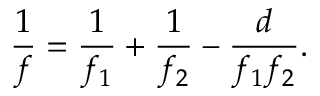
{ \frac { 1 } { f } } = { \frac { 1 } { f _ { 1 } } } + { \frac { 1 } { f _ { 2 } } } - { \frac { d } { f _ { 1 } f _ { 2 } } } .